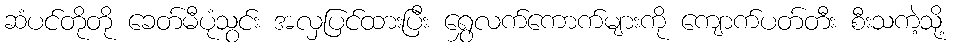
ဆံပင်တိုတို ခေတ်မီပုံသွင်း အလှပြင်ထားပြီး ရွှေလက်ကောက်များကို ကျောက်ပတ်တီး စီးသကဲ့သို့